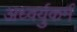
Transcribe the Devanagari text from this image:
अध्वर्युकर्म